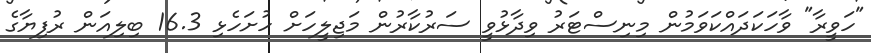
"ހަވީރާ" ވާހަކަދައްކަވަމުން މިނިސްޓަރު ވިދާޅުވީ ސަރުކާރުން މަޖިލީހަށް ހުށަހެޅި 16.3 ބިލިއަން ރުފިޔާގެ